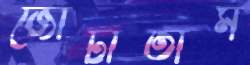
জোটাতাম